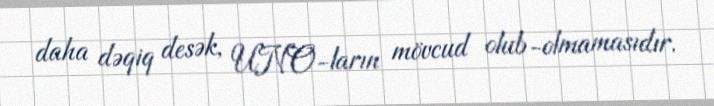
daha dəqiq desək, UNO-ların mövcud olub-olmamasıdır.